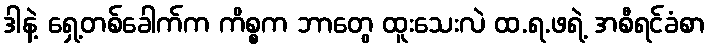
ဒါနဲ့ ရှေ့တစ်ခေါက်က ကိစ္စက ဘာတွေ ထူးသေးလဲ ထ.ရ.ဖရဲ့ အစီရင်ခံစာ